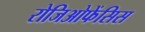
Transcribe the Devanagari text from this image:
रोजिओफेंसिस